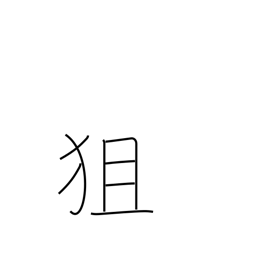
Meaning: aim at